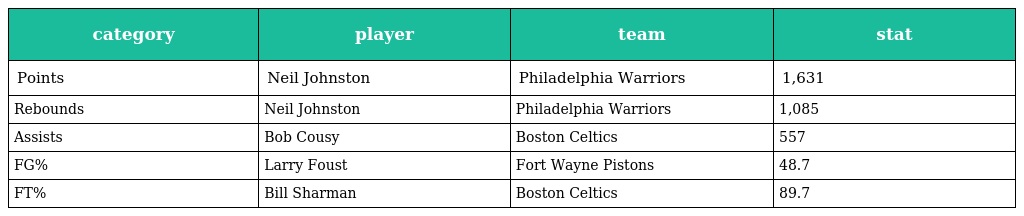
| category | player | team | stat |
 | --- | --- | --- | --- |
 | Points | Neil Johnston | Philadelphia Warriors | 1,631 |
 | Rebounds | Neil Johnston | Philadelphia Warriors | 1,085 |
 | Assists | Bob Cousy | Boston Celtics | 557 |
 | FG% | Larry Foust | Fort Wayne Pistons | 48.7 |
 | FT% | Bill Sharman | Boston Celtics | 89.7 |